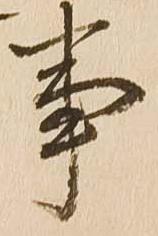
事